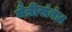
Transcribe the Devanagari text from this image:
मैत्रीसंबंध